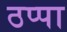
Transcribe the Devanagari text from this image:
ठप्‍पा